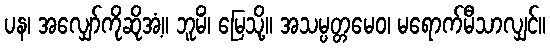
ပန၊ အလျှော်ကိုဆိုအံ့။ ဘူမိံ၊ မြေသို့။ အသမ္ပတ္တမေဝ၊ မရောက်မီသာလျှင်။